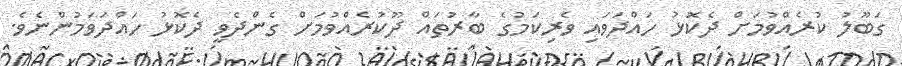
ގަބޫލު ކުރެއްވުމަށް ދެކޮޅު ހައްދަވައި ވެރިކަމުގެ ބާރުތައް ދޫކުރެއްވުމަށް ގެންދެވީ ދެކޮޅު ހައްދަވަމުންނެވެ.